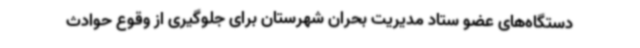
دستگاه‌های عضو ستاد مدیریت بحران شهرستان برای جلوگیری از وقوع حوادث